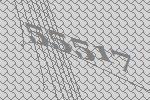
55517